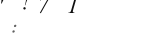
: